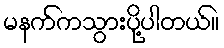
မနက်ကသွားပို့ပါတယ်။